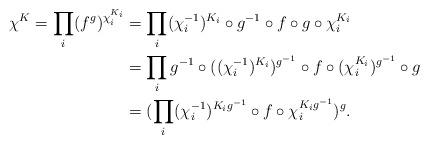
LaTeX: \begin{align*}\chi^K = \prod_i(f^g)^{\chi_i^{K_i}} &= \prod_i(\chi_i^{-1})^{K_i} \circ g^{-1} \circ f \circ g \circ \chi_i^{K_i} \\&= \prod_i {g^{-1}} \circ ((\chi_i^{-1})^{K_i})^{g^{-1}} \circ f \circ (\chi_i^{K_i})^{g^{-1}} \circ g \\&= (\prod_i (\chi_i^{-1})^{K_i g^{-1}} \circ f \circ \chi_i^{K_i g^{-1}})^g.\end{align*}